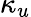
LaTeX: \kappa_{u}